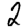
Digit: 2